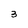
Character: 3